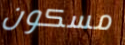
مسكون